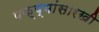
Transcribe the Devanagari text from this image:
पक्ष्यांसारखी